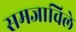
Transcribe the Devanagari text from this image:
समजाविले